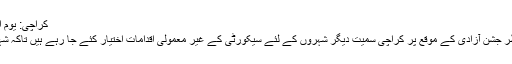
کراچی: یوم آزادی، سیکورٹی کے سخت انتظامات، دفعہ144نافذ -
کراچی : امن وامان کی موجودہ صورتحال کے پیش نظر جشن آزادی کے موقع پر کراچی سمیت دیگر شہروں کے لئے سیکورٹی کے غیر معمولی اقدامات اختیار کئے جا رہے ہیں تاکہ شہریوں کی جان و مال کی سلامتی کویقینی بنایاجاسکے۔